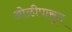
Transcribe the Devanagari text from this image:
ओळीपासून